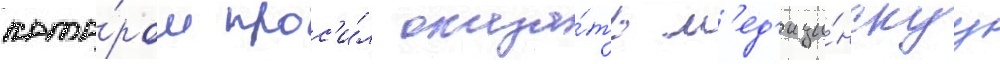
кото́ром прос'и́л оказа́ть м'ед'ици́нскуу